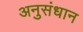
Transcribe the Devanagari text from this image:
अनुसंधान